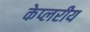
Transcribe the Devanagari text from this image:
केप्लरीय